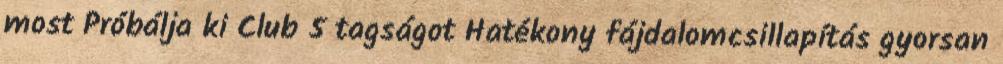
most Próbálja ki Club 5 tagságot Hatékony fájdalomcsillapítás gyorsan